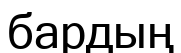
бардың